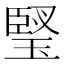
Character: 㻨